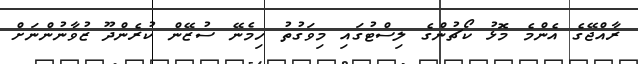
ރާއްޖޭގެ އެންމެ މޮޅު ކޯޗުންގެ ލިސްޓުގައި މިވަގުތު ހިމެނޭ ސުޒޭން ކުރެންދޫ ޒުވާނުންނަށް